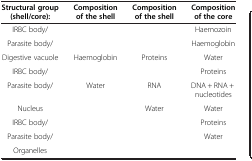
| Structural group (shell/core): | Composition of the shell | Composition of the shell | Composition of the core |
 | --- | --- | --- | --- |
 | IRBC body/ |  |  | Haemozoin |
 | Parasite body/ |  |  | Haemoglobin |
 | Digestive vacuole | <ROWSPAN=2> Haemoglobin | <ROWSPAN=2> Proteins | Water |
 | IRBC body/ | Proteins |
 | Parasite body/ | Water | RNA | DNA + RNA + nucleotides |
 | Nucleus |  | Water | Water |
 | <ROWSPAN=2> IRBC body/ | <ROWSPAN=4>  | <ROWSPAN=4>  | Proteins |
 | <ROWSPAN=3> Water |
 | Parasite body/ |
 | Organelles |